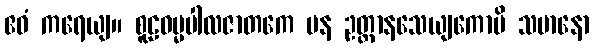
ဧဝံ ကရေယျ။ စူဠဓမ္မပါလဇာတကေ ပန ဥတ္တာနသေယျကောပိ သမာနော